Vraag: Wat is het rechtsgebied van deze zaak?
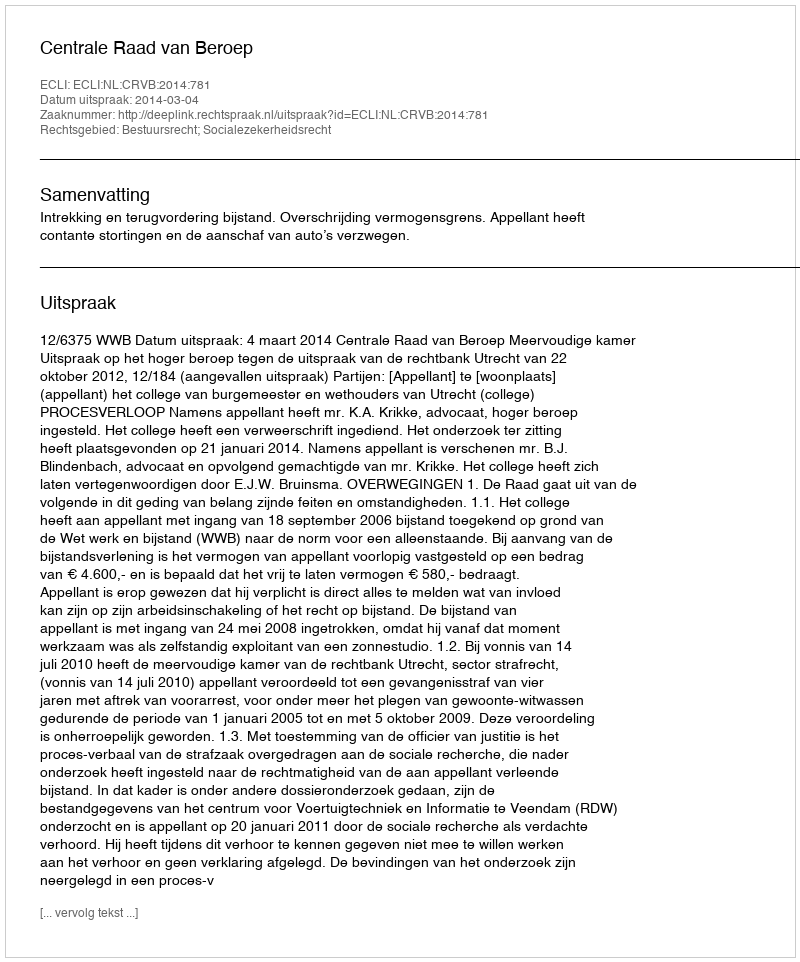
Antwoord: Bestuursrecht; Socialezekerheidsrecht